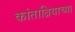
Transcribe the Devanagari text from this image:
कांताब्रियाच्या